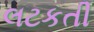
લટકતી